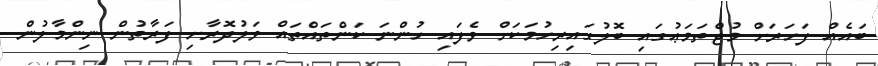
ބައެއް ފަހަރަށް މުޖްތަމަޢުގައި ބޮލުގައިރިހުމަކަށް ވެފައި ހުންނަ ކަންތައްތައް ވަލުދޮރާށި ފަރާތުން ނިންމާލުން